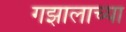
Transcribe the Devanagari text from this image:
गझालाच्या